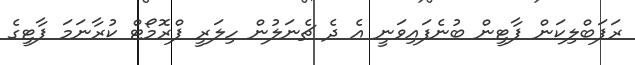
ރަޕަބްލިކަން ޕާޓީން ބުނެފައިވަނީ އެ ދެ ޗެނަލުން ހިލަރީ ޕްރޮމޯޓް ކުރާނަމަ ޕާޓީގެ